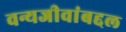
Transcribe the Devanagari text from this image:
वन्यजीवांबद्दल